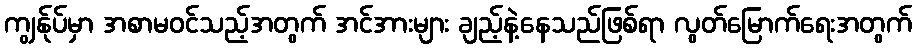
ကျွန်ုပ်မှာ အစာမဝင်သည့်အတွက် အင်အားများ ချည့်နဲ့နေသည်ဖြစ်ရာ လွတ်မြောက်ရေးအတွက်